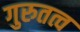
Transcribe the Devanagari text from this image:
गुरुतत्व